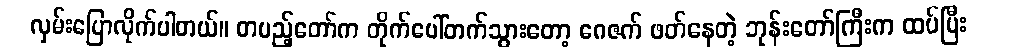
လှမ်းပြောလိုက်ပါတယ်။ တပည့်တော်က တိုက်ပေါ်တက်သွားတော့ ဂေဇက် ဖတ်နေတဲ့ ဘုန်းတော်ကြီးက ထပ်ပြီး